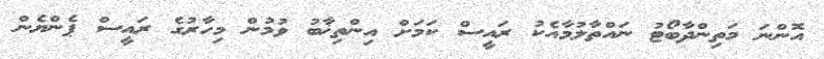
އޮންނަ މަތިންދާބޯޓު ނައްތާލުމާއެކު ރައީސް ކަމަށް އިންތިޚާބު ވުމުން މިހާރުގެ ރައީސް ޕެންޔެން